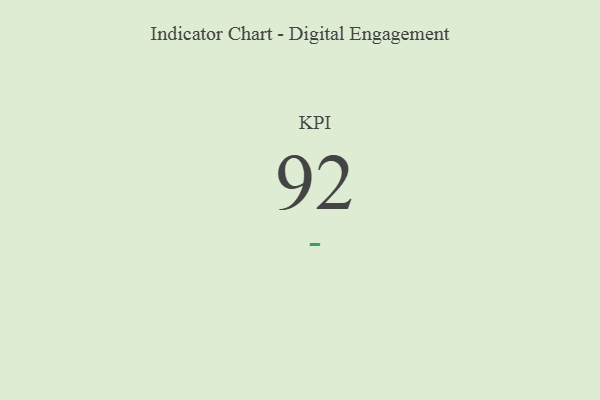
{"axis": {"x": "KPI", "y": "Value"}, "legend": [""], "data": [{"x": "KPI", "y": 92, "type": ""}]}